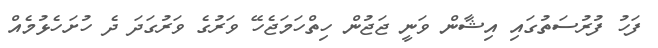
ފަހު ފުރުސަތުގައި އިޝާން ވަނީ ޖަޖުން ހިތްހަމަޖެހޭ ވަރުގެ ވަރުގަދަ ދެ ހުށަހެޅުމެއް